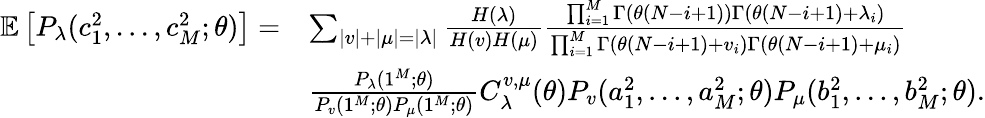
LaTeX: \begin{array}{rl}{\mathbb{E}\left[P_{\lambda}(c_{1}^{2},...,c_{M}^{2};\theta)\right]=}&{\sum_{|v|+|\mu|=|\lambda|}\frac{H(\lambda)}{H(v)H(\mu)}\frac{\prod_{i=1}^{M}\Gamma(\theta(N-i+1))\Gamma(\theta(N-i+1)+\lambda_{i})}{\prod_{i=1}^{M}\Gamma(\theta(N-i+1)+v_{i})\Gamma(\theta(N-i+1)+\mu_{i})}}\\ &{\frac{P_{\lambda}(1^{M};\theta)}{P_{v}(1^{M};\theta)P_{\mu}(1^{M};\theta)}C_{\lambda}^{v,\mu}(\theta)P_{v}(a_{1}^{2},...,a_{M}^{2};\theta)P_{\mu}(b_{1}^{2},...,b_{M}^{2};\theta).}\end{array}